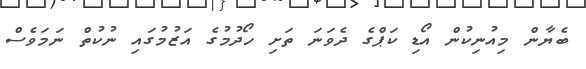
ބެޔާން މިއުނިކުން އޯޑި ކަޕްގެ ދެވަނަ ތަށި ހޯދުމުގެ އަޒުމުގައި ނުކުތް ނަމަވެސް